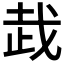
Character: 𰙦